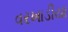
વરખાડીયા